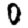
Digit: 0